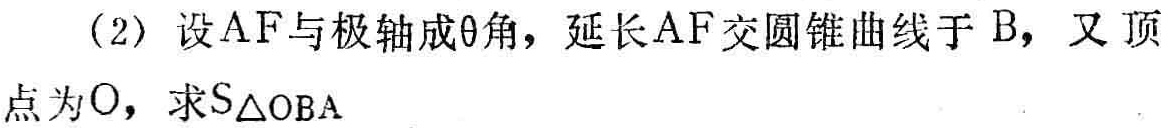
(2) 设\(AF\)与极轴成\(\theta\)角，延长\(AF\)交圆锥曲线于\(B\)，又顶点为\(O\)，求\(S_{\triangle OBA}\)